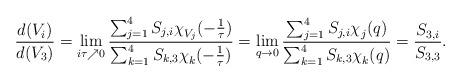
LaTeX: \begin{align*}\frac{d(V_i)}{d(V_3)} = \lim_{i\tau \nearrow 0}\frac{\sum_{j=1}^4 S_{j,i} \chi^{}_{V_j} (-\frac{1}{\tau})}{\sum_{k=1}^4 S_{k,3} \chi^{}_k (-\frac{1}{\tau})}= \lim_{q \rightarrow 0}\frac{\sum_{j=1}^4 S_{j,i} \chi^{}_{j} (q)}{\sum_{k=1}^4 S_{k,3} \chi^{}_k (q)}= \frac{S_{3,i}}{S_{3,3}}.\end{align*}